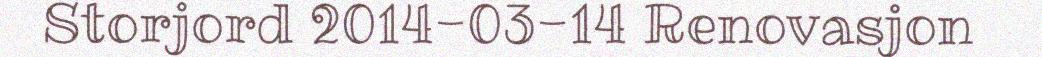
Storjord 2014-03-14 Renovasjon